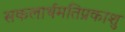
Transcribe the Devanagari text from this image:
सकलार्थमतिप्रकाशु